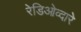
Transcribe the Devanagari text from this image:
रेडिओव्दारे